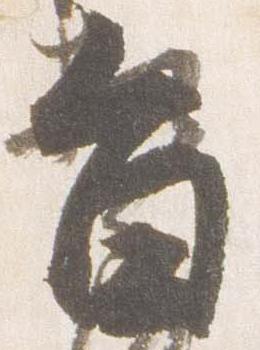
旨